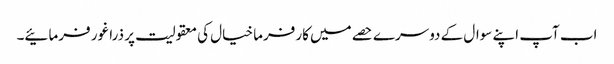
اب آپ اپنے سوال کے دوسرے حصے میں کارفرما خیال کی معقولیت پر ذرا غور فرمائیے۔